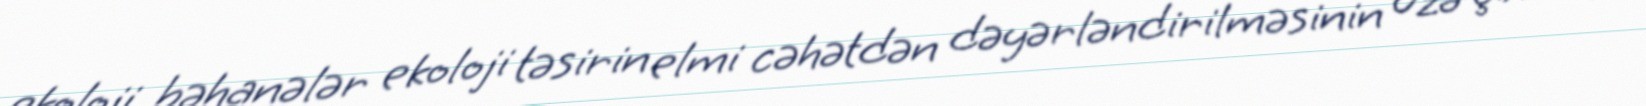
ekoloji bəhanələr ekoloji təsirin elmi cəhətdən dəyərləndirilməsinin üzə çıxması